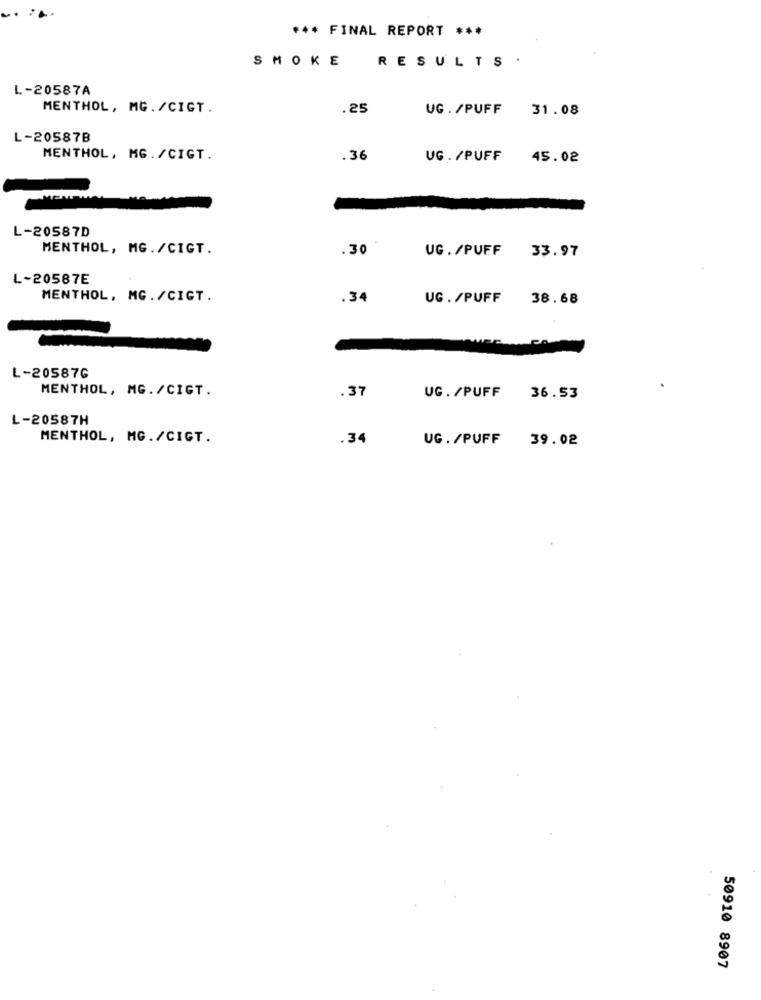
*** FINAL REPORT ***
RESULTS .
SMOKE
L-20587A
MENTHOL, MG. /CIGT .
.25
UG./PUFF 31.08
L-20587B
MENTHOL, MG./CIGT.
. 36
UG . /PUFF
45.02
L-20587D
MENTHOL, MG. /CIGT.
.30
UG . /PUFF
33.97
L-20587E
MENTHOL, MG. /CIGT.
.34
UG . /PUFF
38.68
L-20587G
MENTHOL, MG. /CIGT.
.37
UG. /PUFF 36.53
L-20587H
MENTHOL, MG./CIGT.
.34
UG./PUFF 39.02
50910 8907